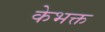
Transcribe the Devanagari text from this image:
केभक्त